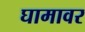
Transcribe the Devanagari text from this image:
घामावर